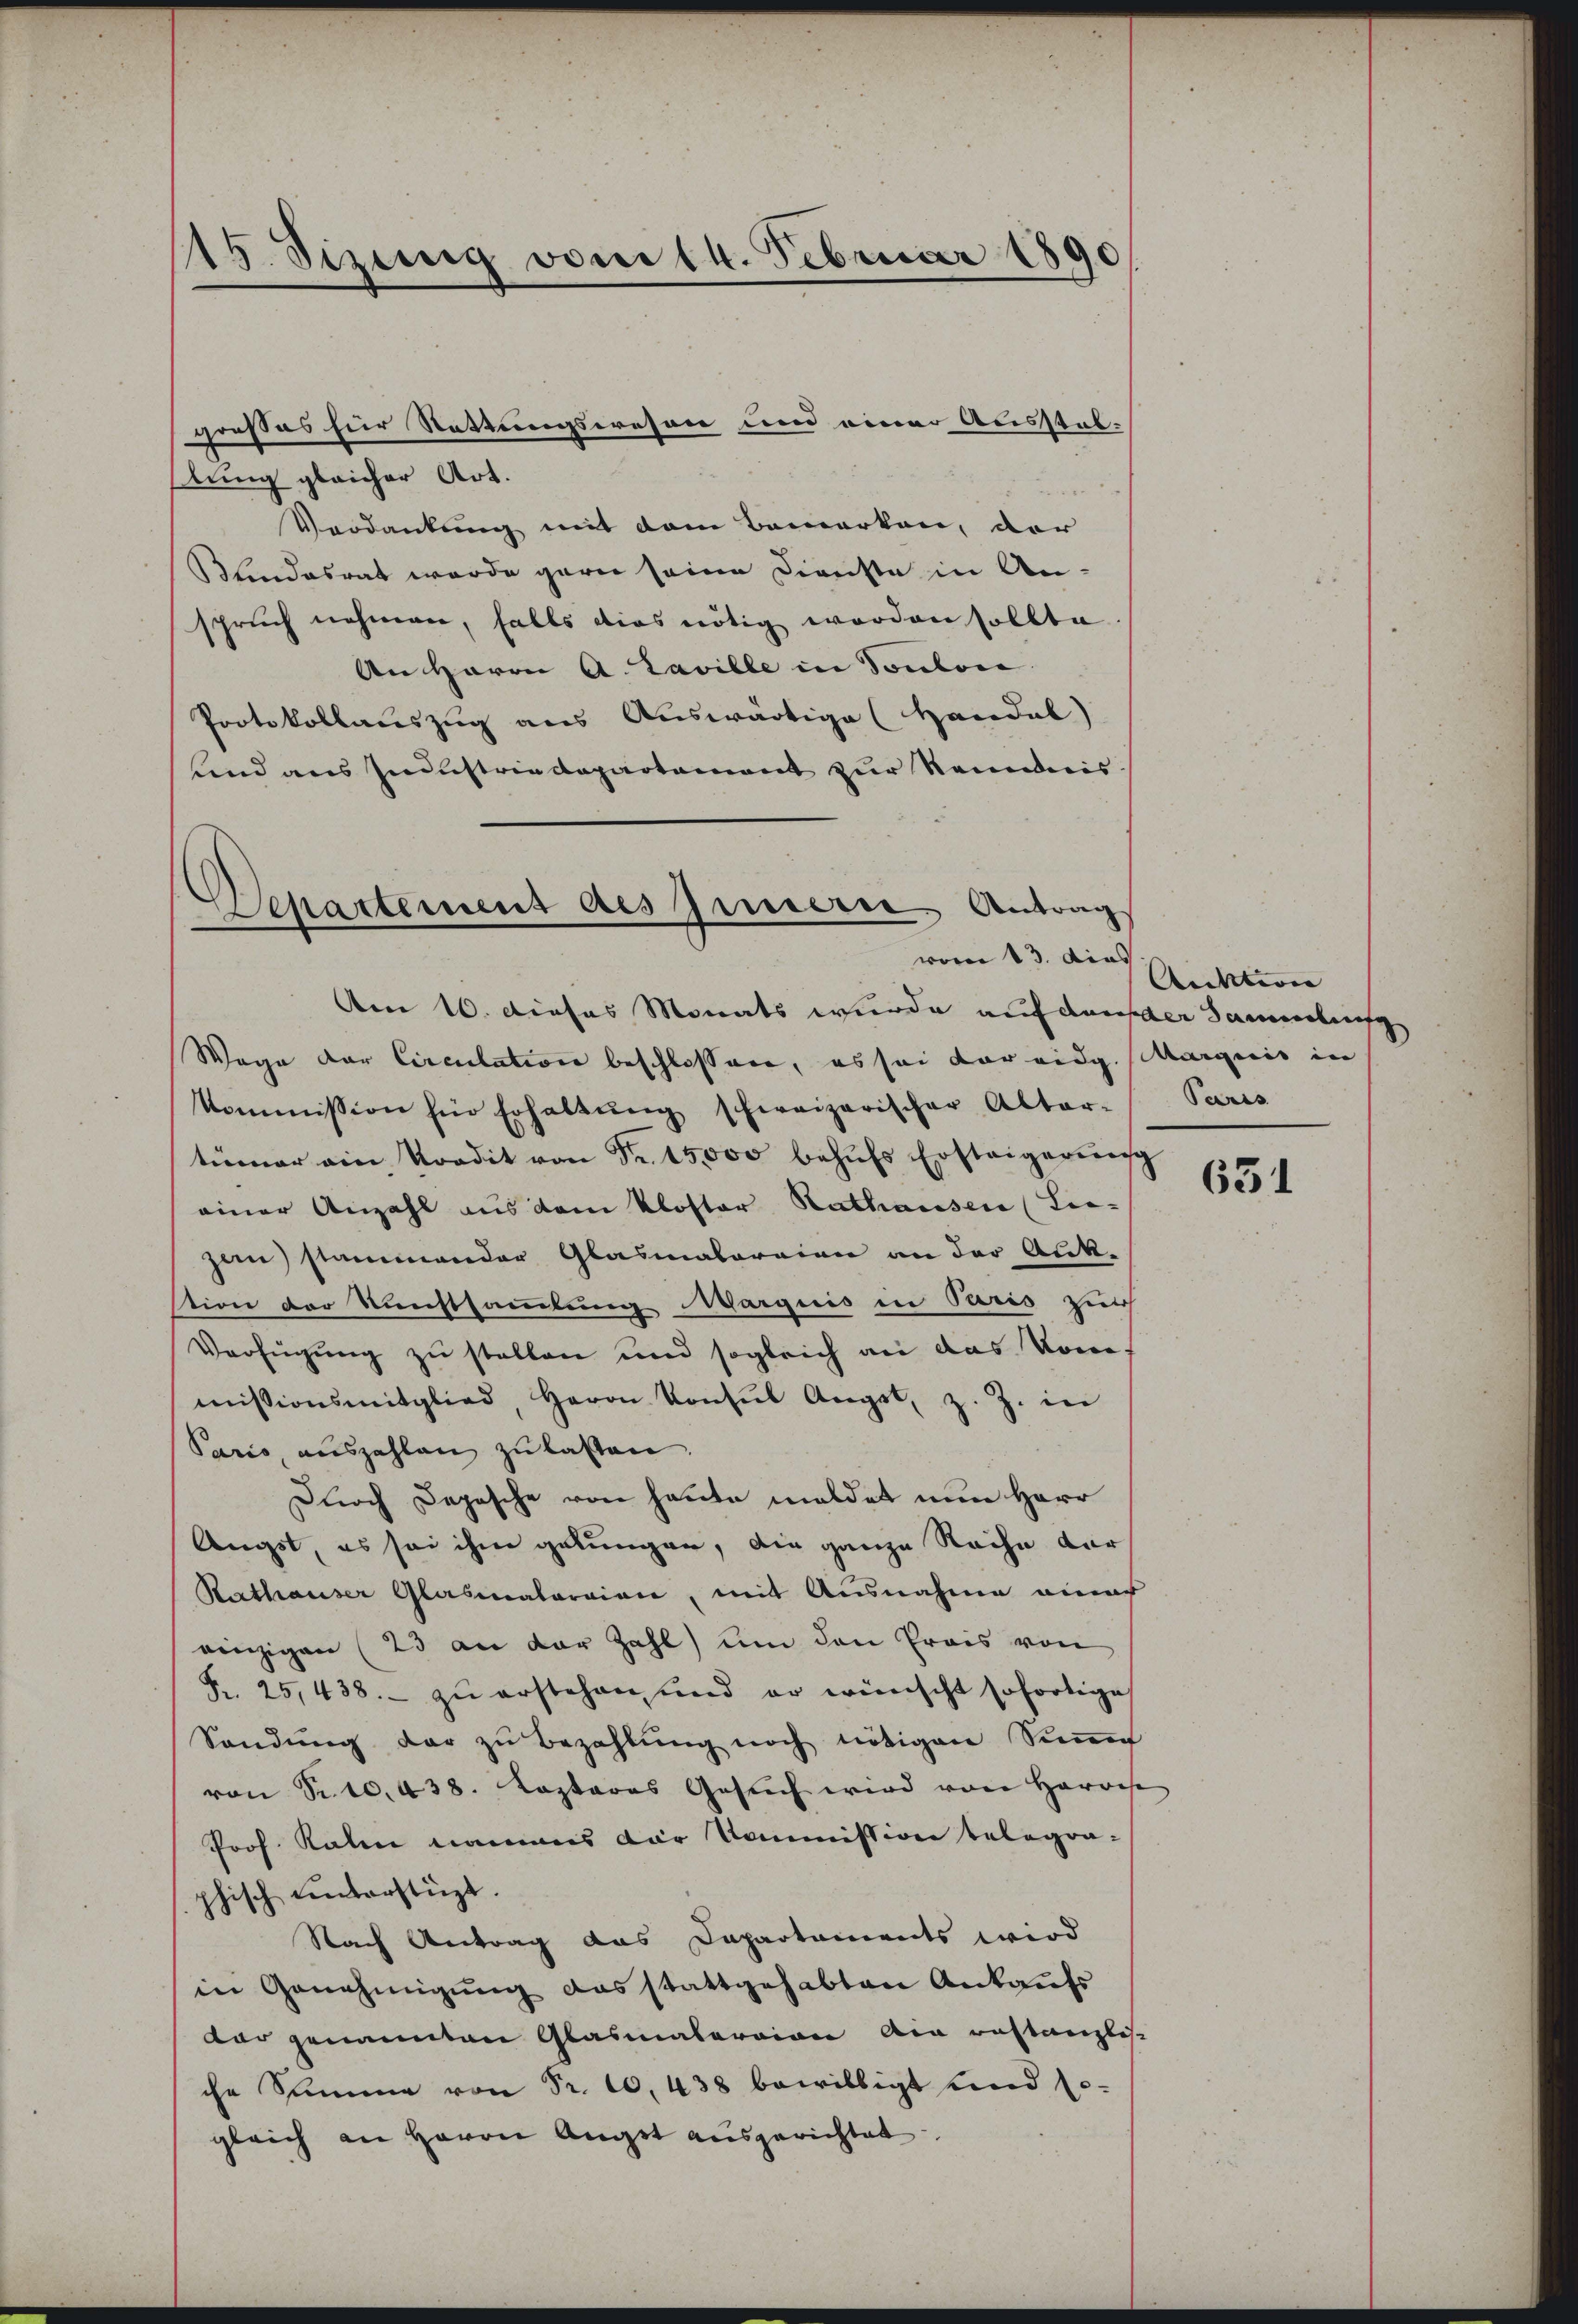
15. Sizung vom 14. Februar 1891

stung gleicher Art.
Verdankung mit dem Bemerken, dar
Blindesrat wurde garn seine Dienste in An-
spruch nehmen, falls dies nötig werden sollte.
An Herrn A. Laville in Ponton
Protokollauszug aus Auswärtige (Handal)
und aus Industrie Departement zur Reinis

großes für Stattungswesen und einer Ausstab¬

Departement des Grusserre Antrag
vom 13. dies

Am 16. dieses Monats wurde auf dan der Sammlung
Wege der Circulation beschlossen, es sei der eidg. Marquis in
kommission für Erhaltŭng schweizerischer Altar-
tümer ein Kordit von Fr. 15,000 behŭfs Ersteigerŭng
einer Anzahl aus dem Kloster Kathausen (Lie-
jene stammander Glasmalereien an der Ank-
tion der Kunstsammlung Marquis in Paris zur
Verfügung zu stellen und sogleich an das Kommissionsmitglied, Herrn Konsŭl Angst, z. Z. in
Sario, auszahlen zu lassen.
Durch Depesche von heute meldet nun Herr
Augst, es sei ihm gelungen, die ganze Rache dar
Kathauser Glasmateraien, mit Ausnahme einach
einzigen (23 an der Zahl) um den Preis von
Fr. 25,438.- zŭ erstehen und er wünscht sofortige
Sandŭng der zŭ bezahlŭng noch nötigen Sinen
von Sr. 10. 438. Koptares Gesuch wird von Harrie
Prof. Raten namens der Kommission belegraphisch unterstüzt.
Nach Antrag das Dapartaments wird
in Genehmigung das stattgehabten Ankaufs
dar genannten Glasmaterian die Bestanzlis
che Stimme von Fr. 10. 438 bewilligt und le
gleich an Herrn Angst ausgerichtet.

Auktion
Severs

631